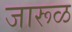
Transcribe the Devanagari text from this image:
जारूळ